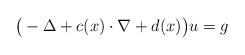
LaTeX: \begin{align*} \big({}-\Delta+c(x)\cdot\nabla+d(x)\big)u = g\end{align*}